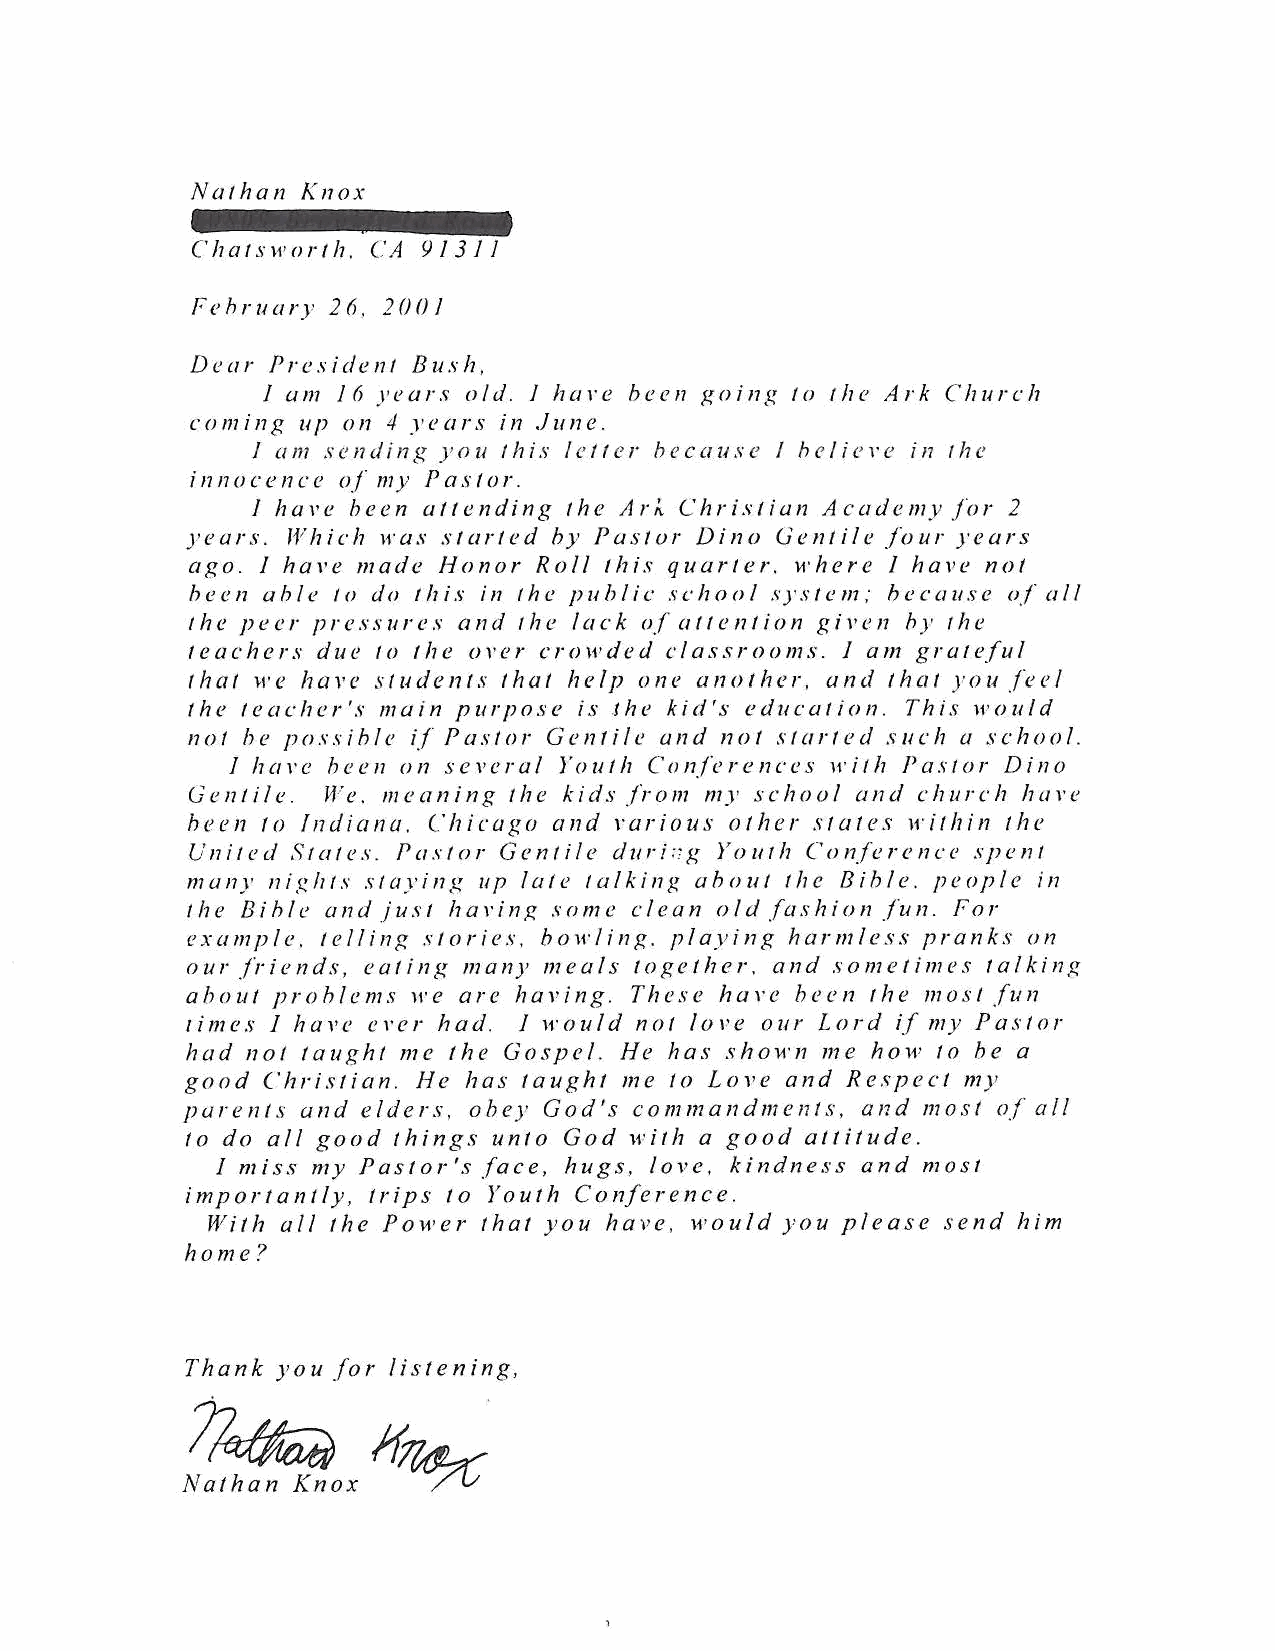
Na!han Knox
 Chalsworlh. CA 91311
 February 26, 2001
 Dear President Bush,
 I um 16 years old. I hcll'e been going lo the Ark Church
 coming up on 4 years in June.
 I am sending you this feller because I be/iere in the
 i nn o c e n c e of my P a s I o r .
 I h a,. e been a It e 11 d i 11 g 1 he A r f.. Chris I ian Academy for 2
 )'ears. Which was started by Pastor Dino Uentile four years
 ago. I ha,•e made Honor Roll !his quarler. where I have not
 h e e n a b I e t o do t h is i 11 t h e p u b li c s c h o o I s y s I e m : h e c a us e of a II
 the p e c r pressures and the I a c k of at t e 11 t ion g i ,, en by 1 he
 t e a c h e r s d u e 1 o t h e o v e r c r o w de d cl as s r o o m s. I a m g r a I efu I
 that we have students that help one another, and that you feel
 the leacher's main purpose is Jhe kid's education. This would
 not he possible if Pastor Gentile and no! s/arted s uch a school.
 I h a,. c h c e 11 o 11 s e v c r a I }'out h Conferences with Pas 1 or Din o
 Genii/e. We. meaning  the kids from my school and church hare
 been f o 1 n dian a. Chicago a 11 d r a rio us o I her s 1 ate s H' i I hi n 1 he
 U 11 it c> d S 1 ate s. Pas I or G e 11 t i I e d uri:: g Your h Co 11fe r e 11 c e sp en I
 m a 11 y n i p./lf s staying up I a I e 1 a lk i 11 g a b o u I t h e B i h I e . p e o pIe in
 t h e B i b I e a n d j us 1 h a l'i n ~ s o m e c I e a n o I d fa s h i o n fu 11 . F o r
 example. telling stories. bow/in~. playin~ harmless pranks on
 o u r .fi· i e n d s, e a t i 11 g m a n y m e a Is t o g e t h e r . a 11 d s o m e t i m e s t a I k i n g
 abo u 1 pro hIe m s lr e are having. These h a,. e been the most fu 11
 t i m e s I h a ,, e e ,. e r had. I w o u I d n o 1 I o v e o u r L o r d if my Pastor
 had not taught me the Gospel. He has shovrn me how to be a
 good Christian. He has taught me lo Love and Respecl my
 p a r e n 1 s a n d e Ide r s , o h e y G o d 's c o m m a n d m e n t s , a n d m o s t of a ll
 to do all good things unto God with a good altitude.
 I miss my Pastor's face, hugs, love. kindness and most
 importanlly, trips to Youth Conference.
 With all the Power that you have, would you please send him
 home?
 Thank you for listening,
 ~
 If~
 Nathan Knox